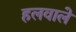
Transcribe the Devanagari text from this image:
हलवाले